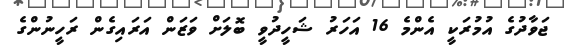
ޖަވާދުގެ އުމުރަކީ އެންމެ 16 އަހަރު ޝަހީދުވީ ބޮލަށް ވަޒަން އަރައިގެން ރަހީނުންގެ